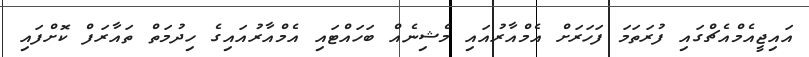
އައިޖީއެމްއެޗްގައި ފުރަތަމަ ފަހަރަށް އެމްއާރުއައި މެޝިނެއް ބަހައްޓައި އެމްއާރުއައިގެ ހިދުމަތް ތައާރަފް ކޮށްފައި